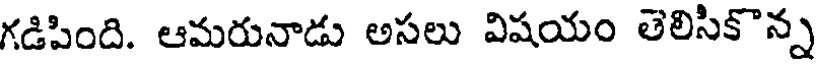
గడిపింది. ఆమరునాడు అసలు విషయం తెలిసికొన్న